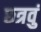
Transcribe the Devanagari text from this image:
छत्रवुं